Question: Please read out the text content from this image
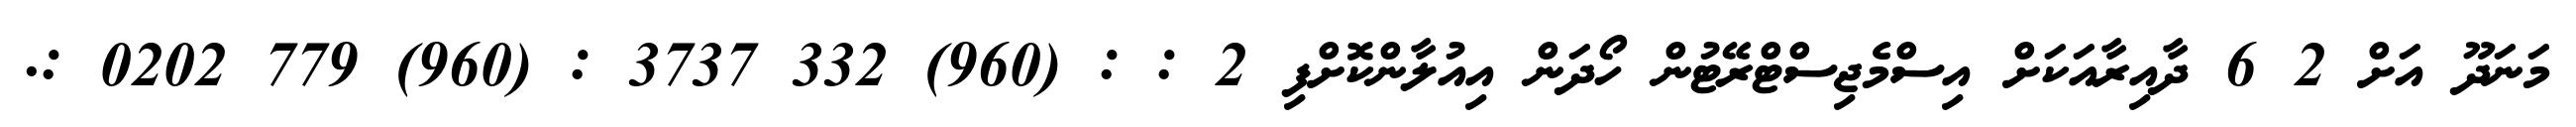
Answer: މަނަދޫ އަށް 2 6 ދާއިރާއަކަށް އިސްމެޖިސްޓްރޭޓުން ހޯދަން އިއުލާންކޮށްފި 2 : : (960) 332 3737 : (960) 779 0202 :.